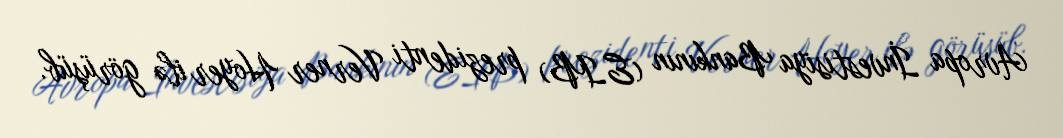
Avropa İnvestisiya Bankının (EIB) prezidenti Verner Hoyer ilə görüşüb.